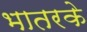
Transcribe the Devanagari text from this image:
भातरके